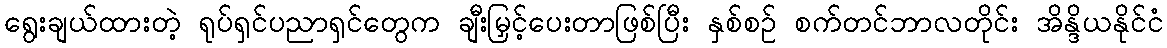
ရွေးချယ်ထားတဲ့ ရုပ်ရှင်ပညာရှင်တွေက ချီးမြှင့်ပေးတာဖြစ်ပြီး နှစ်စဉ် စက်တင်ဘာလတိုင်း အိန္ဒိယနိုင်ငံ